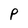
Character: P